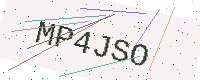
Text: MP4JSO